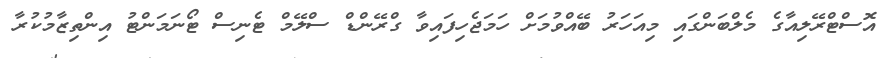
އޮސްޓްރޭލިއާގެ މެލްބަންގައި މިއަހަރު ބޭއްވުމަށް ހަމަޖެހިފައިވާ ގްރޭންޑް ސްލޭމް ޓެނިސް ޓޯނަމަންޓު އިންތިޒާމުކުރާ